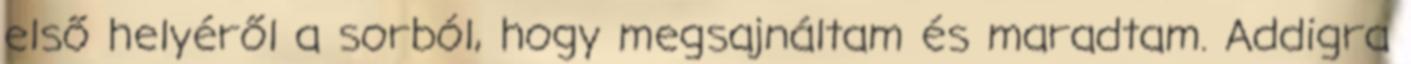
első helyéről a sorból, hogy megsajnáltam és maradtam. Addigra